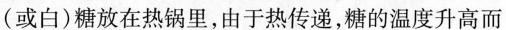
(或白)糖放在热锅里，由于热传递，糖的温度升高而